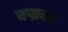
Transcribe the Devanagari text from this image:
वज्रदंष्ट्र